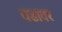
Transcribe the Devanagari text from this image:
धडावर